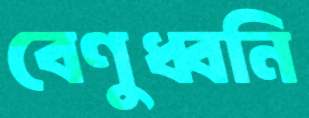
বেণুধ্বনি